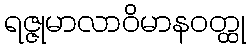
ရဇ္ဇုမာလာဝိမာနဝတ္ထု